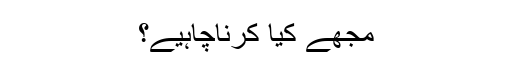
مجھے کیا کرناچاہیے؟